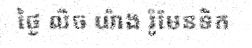
ថ្ងៃ លិច យ៉ាង រ៉ូមែនទិក